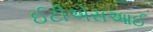
ઈટીએસઆઈ